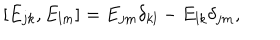
[ E _ { j k } , E _ { l m } ] = E _ { j m } \delta _ { k l } - E _ { l k } \delta _ { j m } ,